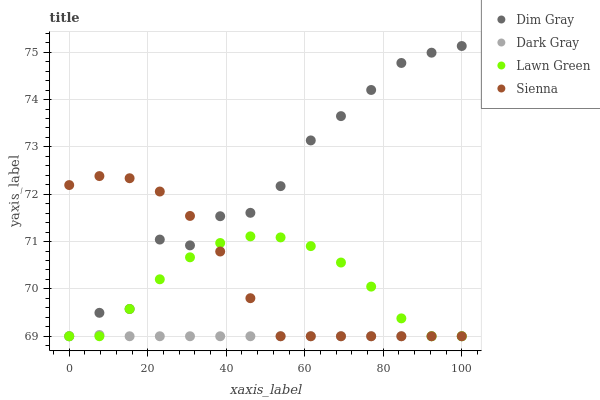
| xaxis_label | Dim Gray | Dark Gray | Lawn Green | Sienna |
 | --- | --- | --- | --- | --- |
 | 0 | 69 | 69 | 69 | 72.2 |
 | 7.69 | 69.5 | 69 | 69 | 72.4 |
 | 15.4 | 69.6 | 69 | 69.6 | 72.3 |
 | 23.1 | 71 | 69 | 70.2 | 72.1 |
 | 30.8 | 70.9 | 69 | 70.7 | 71.5 |
 | 38.5 | 71.5 | 69 | 71 | 70.8 |
 | 46.2 | 71.6 | 69 | 71.1 | 69.8 |
 | 53.8 | 72.2 | 69 | 71.1 | 69 |
 | 61.5 | 73.1 | 69 | 70.9 | 69 |
 | 69.2 | 73.6 | 69 | 70.6 | 69 |
 | 76.9 | 74.2 | 69 | 70 | 69 |
 | 84.6 | 74.8 | 69 | 69.4 | 69 |
 | 92.3 | 75 | 69 | 69 | 69 |
 | 100 | 75.1 | 69 | 69 | 69 |